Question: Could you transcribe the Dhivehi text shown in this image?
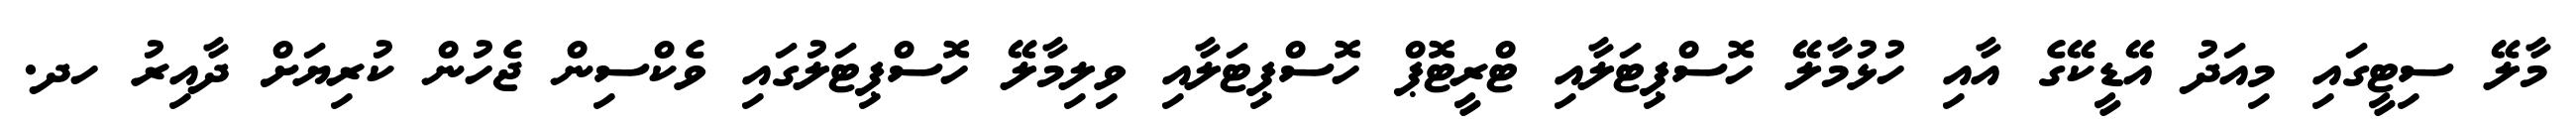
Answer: މާލޭ ސިޓީގައި މިއަދު އޭޑީކޭގެ އާއި ހުޅުމާލޭ ހޮސްޕިޓަލާއި ޓްރީޓޮޕް ހޮސްޕިޓަލާއި ވިލިމާލޭ ހޮސްޕިޓަލުގައި ވެކްސިން ޖެހުން ކުރިޔަށް ދާއިރު ހދ.